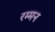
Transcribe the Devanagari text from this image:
रम्मन